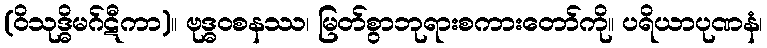
(ဝိသုဒ္ဓိမဂ်ဋီကာ)။ ဗုဒ္ဓဝစနဿ၊ မြတ်စွာဘုရားစကားတော်ကို။ ပရိယာပုဏနံ၊